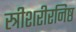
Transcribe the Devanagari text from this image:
स्त्रीशरीरनिष्ठ